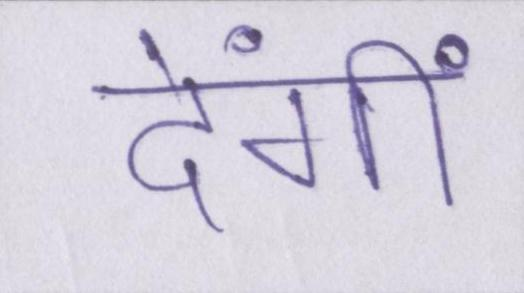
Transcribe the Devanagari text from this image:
देंगीं